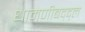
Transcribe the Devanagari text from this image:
धामणीबद्द्ल